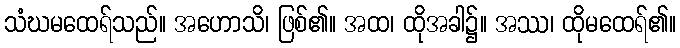
သံဃမထေရ်သည်။ အဟောသိ၊ ဖြစ်၏။ အထ၊ ထိုအခါ၌။ အဿ၊ ထိုမထေရ်၏။